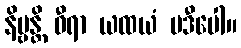
နိဗ္ဗန္တိ ဓီရာ ယထယံ ပဒီပေါ။